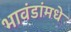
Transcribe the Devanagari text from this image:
भावंडांमधे